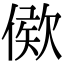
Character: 𣣠